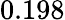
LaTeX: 0.198